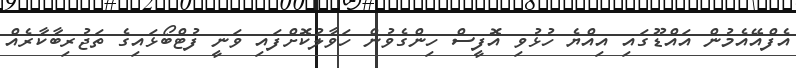
އެފްއޭއެމުން އައްޑޫގައި އިއްޔެ ހުޅުވި އޮފީސް ހިންގެވުން ހަވާލުކޮށްފައި ވަނީ ފުޓްބޯޅައިގެ ތަޖުރިބާކާރެއް